Scottish Leaving Certificate Examination, 1957
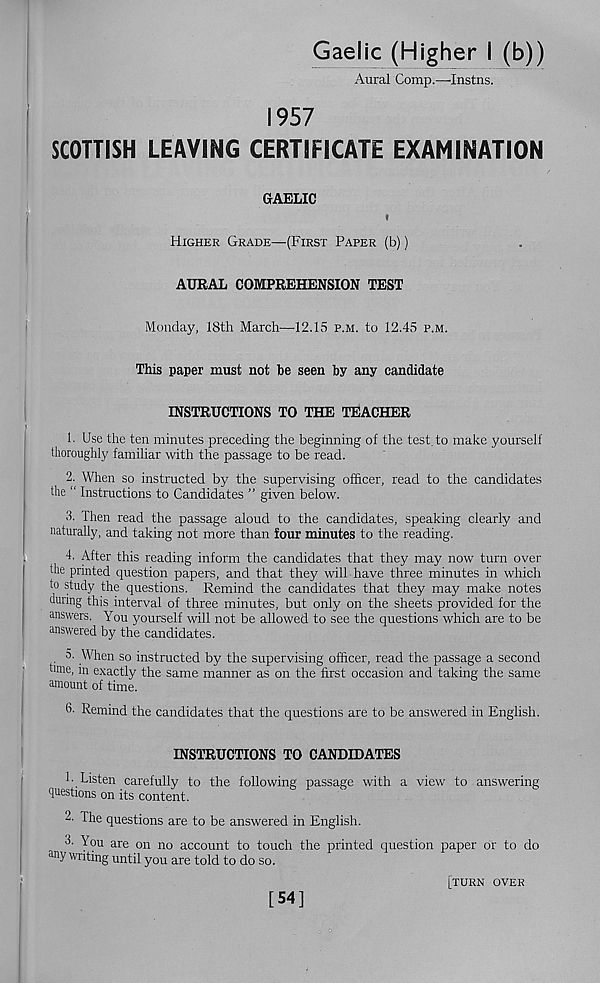
Gaelic (Higher I (b))
Aural Comp.—Instns.
1957
SCOTTISH LEAVING CERTIFICATE EXAMINATION
GAELIC
i
Higher Grade—(First Paper (b))
AURAL COMPREHENSION TEST
Monday, 18th March—^12.15 p.m. to 12.45 p.m.
This paper must not be seen by any candidate
INSTRUCTIONS TO THE TEACHER
1. Use the ten minutes preceding the beginning of the test, to make yourself
thoroughly familiar with the passage to be read.
2. When so instructed by the supervising officer, read to the candidates
the “ Instructions to Candidates ” given below.
3. Then read the passage aloud to the candidates, speaking clearly and
naturally, and taking not more than four minutes to the reading.
4. After this reading inform the candidates that they may now turn over
the printed question papers, and that they will have three minutes in which
to study the questions. Remind the candidates that they may make notes
during this interval of three minutes, but only on the sheets provided for the
answers. You yourself will not be allowed to see the questions which are to be
answered by the candidates.
o. When so instructed by the supervising officer, read the passage a second
cmie, m exactly the same manner as on the first occasion and taking the same
amount of time.
3- Remind the candidates that the questions are to be answered in English.
INSTRUCTIONS TO CANDIDATES
h Listen carefully to the following passage with a view to answering
questions on its content.
L The questions are to be answered in English.
y? u are on no account to touch the printed question paper or to do
auy writing until you are told to do so.
[54]
[turn over